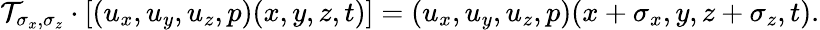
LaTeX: \mathcal{T}_{\sigma_{x},\sigma_{z}}\cdot[(u_{x},u_{y},u_{z},p)(x,y,z,t)]=(u_{x},u_{y},u_{z},p)(x+\sigma_{x},y,z+\sigma_{z},t).